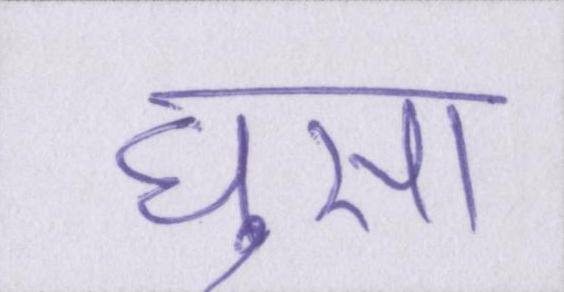
घुसा